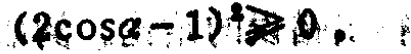
$(2\cos\alpha - 1)^2\geqslant 0$